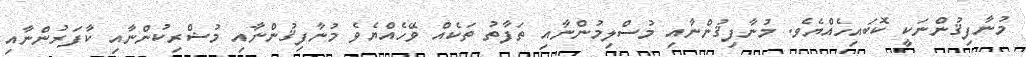
މުނާފިޤުންނަކީ ކޮބައިހެއްޔެވެ. މުނާފިޤުންނާއި މުސްލިމުންނާއި ތަފާތު ތަކެއް ވޭހެއްޔެވެ މުނާފިޤުންނާއި މުޝްރިކުންނާއި ކާފަރުންނާއި